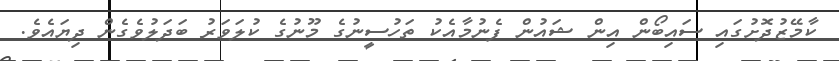
ކާމޭޒުދޮށުގައި ސައިބޯން އިން ޝައުން ފެނުމާއެކު ތަހުސީނުގެ މޫނުގެ ކުލަވަރު ބަދަލުވެގެން ދިޔައެވެ.